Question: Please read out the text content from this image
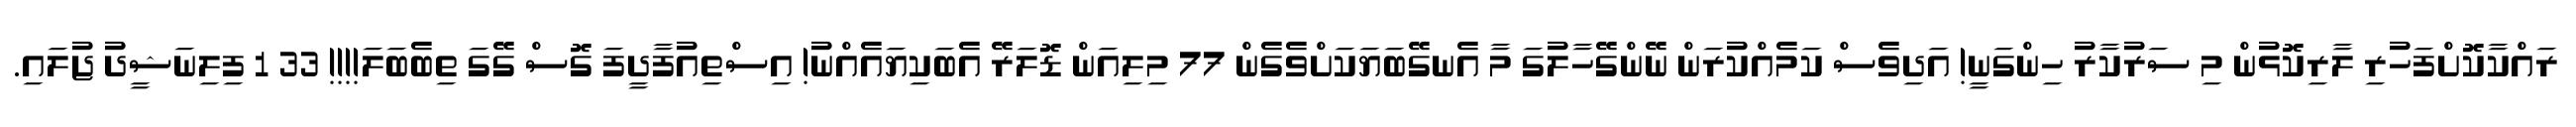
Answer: ރައްކާކޮށްފަހުރި ލާރިކޮޅުން މި ސަރުކާރު ހިންގަނީ! އަދިވެސް ކަމެއްކުރަން ނޭންގޭހާލުގަ މާ އެނގޭބަޔަކަށްވެގެން 77 މިލިއަން ޑޮލަރޭ އެބަކިޔައެއްނު! އިސްތިއުފާދީފަ ގޮސް ގޭގަ ތިބެބަލަ!!!! 33 1 ފިލިނަޝީދު ޖުލައި.